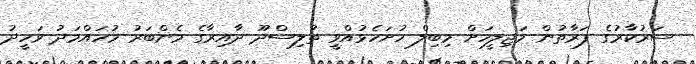
ސަރުކާރުގެ ފަރާތުން މަޖިލީހަށް މިބިލް ހުށަހެޅުއްވީ ތުލިސްދޫ ދާއިރާގެ މެންބަރު މުހައްމަދު ވަހީދު